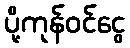
ပို့ကုန်ဝင်ငွေ